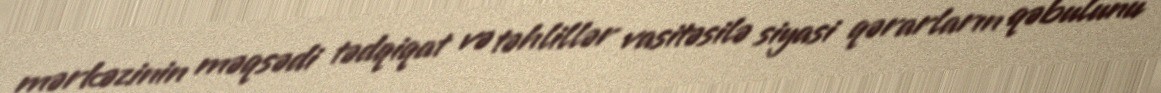
mərkəzinin məqsədi tədqiqat və təhlillər vasitəsilə siyasi qərarların qəbulunu